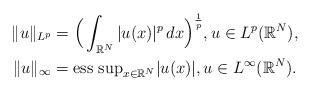
LaTeX: \begin{gather*}\|u\|_{L^p}=\Big(\int_{\mathbb{R}^{N}}|u(x)|^{p}\,dx\Big)^{\frac{1}{p}},u\in L^{p}(\mathbb{R}^{N}), \\\|u\|_{\infty}=\mbox{ess sup}_{x\in \mathbb{R}^{N}} |u(x)|, u\in L^{\infty}(\mathbb{R}^{N}).\end{gather*}